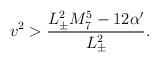
LaTeX: \begin{align*}v^2 > \frac{L_{\pm}^2 M_{7}^5 - 12 \alpha'}{L_{\pm}^2}.\end{align*}